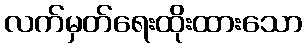
လက်မှတ်ရေးထိုးထားသော